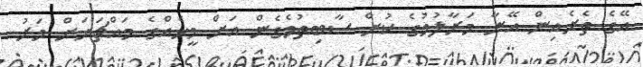
އޭގެ ތެރެއިން އޭނާ މަރާލުމުގެ ކުށް ސާބިތުވެގެން އަށް މީހެއްގެ މައްޗަށަށް މަރު